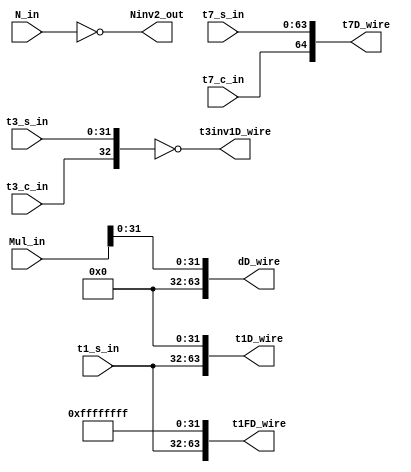
module MulMod128PD(Ninv2_out,                                  
			       t1FD_wire,                                   
				   t1D_wire,                                    
			       t3inv1D_wire,                                
				   dD_wire,                                     
			       t7D_wire,                                    
			       t1_s_in,                                     
			       t3_s_in,                                     
				   t3_c_in,                                     
			       t7_s_in,                                     
				   t7_c_in,                                     
                   Mul_in,                                     
		           N_in                                         
                   ) ;                                         
                                                               
parameter P_WIDTH     = 64 ;                                   
parameter W_WIDTH     = 32 ;                                   
parameter PD_WIDTH    = 128 ;                                  
parameter W_ZERO      = 32'h0 ;                                
parameter W_ZERO1     = 31'h0 ;                                
                                                               
                                                               
output [P_WIDTH:0]   Ninv2_out ;                               
output [P_WIDTH-1:0] t1FD_wire ;                               
output [P_WIDTH-1:0] t1D_wire ;                                
output [P_WIDTH-1:0] t3inv1D_wire ;                            
output [P_WIDTH-1:0] dD_wire ;                                 
output [P_WIDTH:0]   t7D_wire ;                                
                                                               
                                                               
input [W_WIDTH-1:0]  t1_s_in ;                                 
input [W_WIDTH-1:0]  t3_s_in ;                                 
input                t3_c_in ;                                 
input [P_WIDTH-1:0]  t7_s_in ;                                 
input                t7_c_in ;                                 
input [PD_WIDTH-1:0] Mul_in ;                                  
input [P_WIDTH-1:0]  N_in ;                                    
                                                               
	                                                            
	//65-bit inverter N                                         
	assign Ninv2_out = ~{1'b0, N_in} ;                          
	//                                                          
	assign t1FD_wire = {t1_s_in[W_WIDTH-1:0],32'hFFFF_FFFF} ;   
	//                                                          
	assign t1D_wire = {t1_s_in[W_WIDTH-1:0],W_ZERO} ;           
	// inverter t6                                              
	assign t3inv1D_wire = (~{W_ZERO1,t3_c_in,t3_s_in}) ;        
	//	                                                        
	assign dD_wire = {W_ZERO,Mul_in[31:0]} ;                    
	//65-bit t7                                                 
	assign t7D_wire = {t7_c_in,t7_s_in} ;                       
	                                                            
	                                                            
endmodule